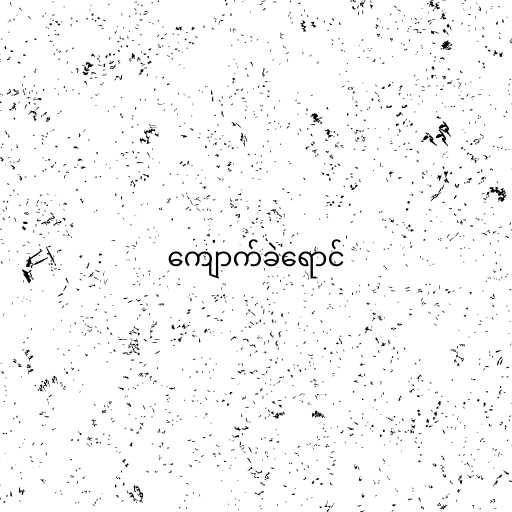
ကျောက်ခဲရောင်